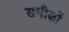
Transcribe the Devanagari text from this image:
समीक्षों